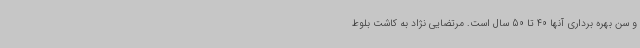
و سن بهره برداری آنها 40 تا 50 سال است. مرتضایی نژاد به کاشت بلوط